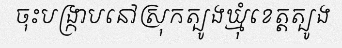
ចុះបង្ក្រាបនៅស្រុកត្បូងឃ្មុំខេត្តត្បូង